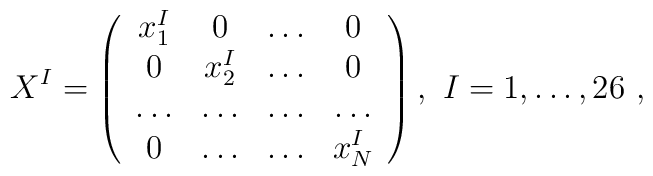
X^I=\left(\begin{array}{cccc}x^I_1 & 0 &\dots & 0\\0 & x^I_2 & \dots & 0 \\\dots & \dots & \dots & \dots \\0 & \dots & \dots & x^I_N \\ \end{array}\right), \ I=1,\dots,26 \ ,